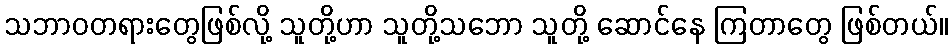
သဘာဝတရားတွေဖြစ်လို့ သူတို့ဟာ သူတို့သဘော သူတို့ ဆောင်နေ ကြတာတွေ ဖြစ်တယ်။